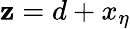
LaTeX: \mathbf{z}=d+x_{\eta}